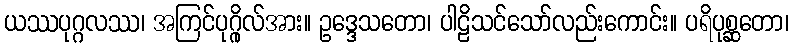
ယဿပုဂ္ဂလဿ၊ အကြင်ပုဂ္ဂိုလ်အား။ ဥဒ္ဒေသတော၊ ပါဠိသင်သော်လည်းကောင်း။ ပရိပုစ္ဆတော၊